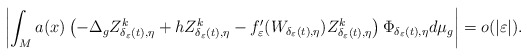
\begin{align*}\left|\int_{M}a(x)\left(-\Delta_{g}Z_{\delta_{\varepsilon}(t),\eta}^{k}+hZ_{\delta_{\varepsilon}(t),\eta}^{k}-f_{\varepsilon}'(W_{\delta_{\varepsilon}(t),\eta})Z_{\delta_{\varepsilon}(t),\eta}^{k}\right)\Phi_{\delta_{\varepsilon}(t),\eta}d\mu_{g}\right|=o(|\varepsilon|).\end{align*}